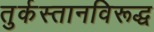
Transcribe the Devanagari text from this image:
तुर्कस्तानविरूद्ध